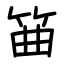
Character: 筁